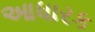
આધારક